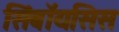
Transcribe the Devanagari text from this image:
सिंबॉयसिस